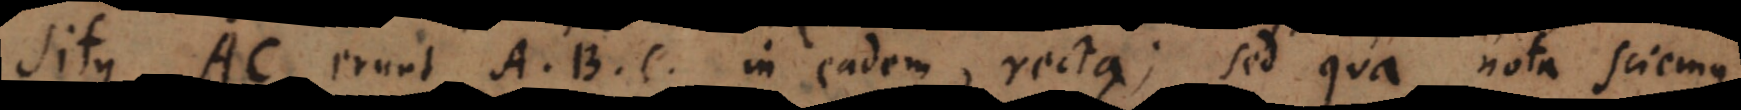
situs AC, erunt A, B, C, in eadem recta; sed qua nota sciemus